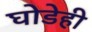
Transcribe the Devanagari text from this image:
घोडेही